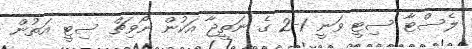
ލެސްޓާ ސިޓީ ވަނީ 1-2 ގެ ނަތީޖާ އަކުން ނޯވިޗް ސިޓީ އަތުން